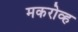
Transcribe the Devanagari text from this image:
मकरोव्ह